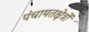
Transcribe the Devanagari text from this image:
पंचायतक्षेत्रों